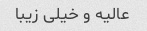
عالیه و خیلی زیبا